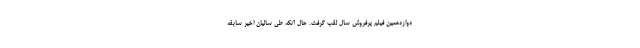
دوازدهمین فیلم پرفروش سال لقب گرفت. حال آنکه طی سالیان اخیر سابقه